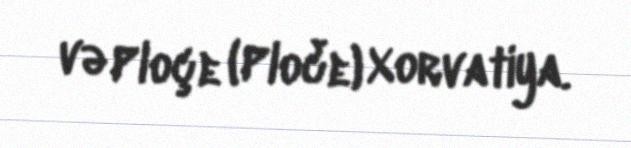
və Ploçe (Ploče) Xorvatiya.